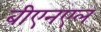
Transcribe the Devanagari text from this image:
बीएनएल